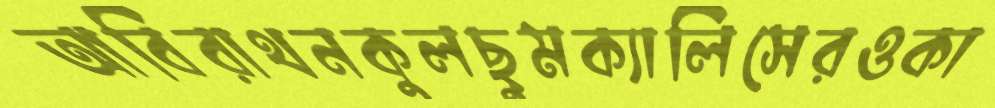
আবিরাথনকুলছুমক্যালিসেরওকা